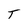
Character: T